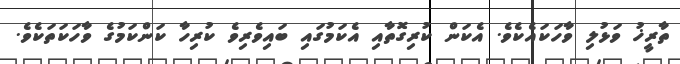
ތާރީޚު ވަޅުލި ވާހަކައެކެވެ. އެކަން ކުރިގޮތާއި އެކަމުގައި ބައިވެރިވެ ކުރިހާ ކަންކަމުގެ ވާހަކަތަކެވެ.